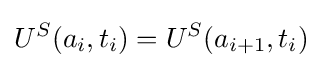
U^{S}(a_{i},t_{i})=U^{S}(a_{i+1},t_{i})